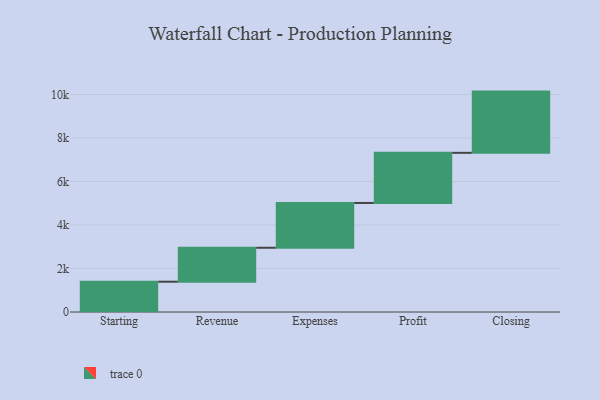
{"axis": {"x": "Step", "y": "Value"}, "legend": [""], "data": [{"x": "Starting", "y": 1393.0, "type": ""}, {"x": "Revenue", "y": 1560.0, "type": ""}, {"x": "Expenses", "y": 2060.0, "type": ""}, {"x": "Profit", "y": 2304.0, "type": ""}, {"x": "Closing", "y": 2815.0, "type": ""}]}